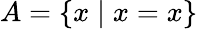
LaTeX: A=\{ x\mid x=x\}